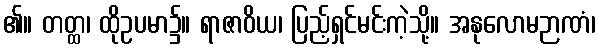
၏။ တတ္ထ၊ ထိုဥပမာ၌။ ရာဇာဝိယ၊ ပြည့်ရှင်မင်းကဲ့သို့။ အနုလောမဉာဏံ၊